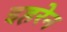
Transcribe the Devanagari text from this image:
इहरेन